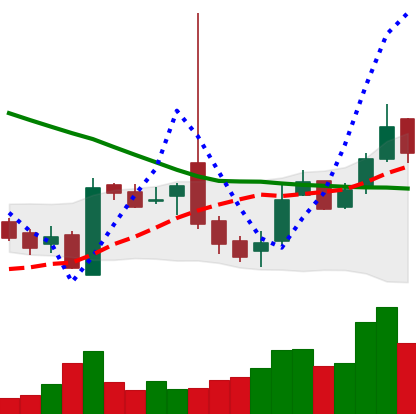
Ticker: LTC-USD
Chart end date: 2016-10-28
Forward return: 3.304%
Label: up_3_5